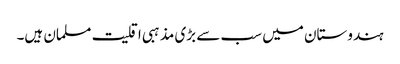
ہندوستان میں سب سے بڑی مذہبی اقلیت مسلمان ہیں۔